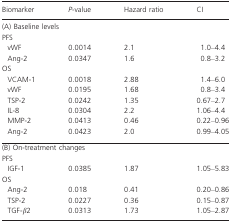
<table><thead><tr><td><b>Biomarker</b></td><td><b><i>P</i>-value</b></td><td><b>Hazard ratio</b></td><td><b>CI</b></td></tr></thead><tbody><tr><td colspan="4">(A) Baseline levels</td></tr><tr><td colspan="4">PFS</td></tr><tr><td> vWF</td><td>0.0014</td><td>2.1</td><td>1.0–4.4</td></tr><tr><td> Ang-2</td><td>0.0347</td><td>1.6</td><td>0.8–3.2</td></tr><tr><td colspan="4">OS</td></tr><tr><td> VCAM-1</td><td>0.0018</td><td>2.88</td><td>1.4–6.0</td></tr><tr><td> vWF</td><td>0.0195</td><td>1.68</td><td>0.8–3.4</td></tr><tr><td> TSP-2</td><td>0.0242</td><td>1.35</td><td>0.67–2.7</td></tr><tr><td> IL-8</td><td>0.0304</td><td>2.2</td><td>1.06–4.4</td></tr><tr><td> MMP-2</td><td>0.0413</td><td>0.46</td><td>0.22–0.96</td></tr><tr><td> Ang-2</td><td>0.0423</td><td>2.0</td><td>0.99–4.05</td></tr><tr><td colspan="4">(B) On-treatment changes</td></tr><tr><td colspan="4">PFS</td></tr><tr><td> IGF-1</td><td>0.0385</td><td>1.87</td><td>1.05–5.83</td></tr><tr><td colspan="4">OS</td></tr><tr><td> Ang-2</td><td>0.018</td><td>0.41</td><td>0.20–0.86</td></tr><tr><td> TSP-2</td><td>0.0227</td><td>0.36</td><td>0.15–0.87</td></tr><tr><td> TGF-β2</td><td>0.0313</td><td>1.73</td><td>1.05–2.87</td></tr></tbody></table>